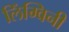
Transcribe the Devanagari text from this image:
लिंग्विनी